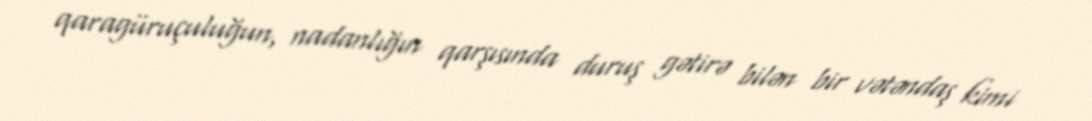
qaragüruçuluğun, nadanlığın qarşısında duruş gətirə bilən bir vətəndaş kimi